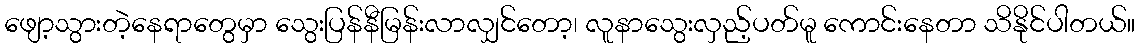
ဖျော့သွားတဲ့နေရာတွေမှာ သွေးပြန်နီမြန်းလာလျှင်တော့၊ လူနာသွေးလှည့်ပတ်မူ ကောင်းနေတာ သိနိုင်ပါတယ်။